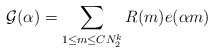
\begin{align*}\mathcal G(\alpha)=\sum_{1\le m\le CN_2^k}R(m)e(\alpha m)\end{align*}